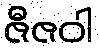
ဇီဇဝါ